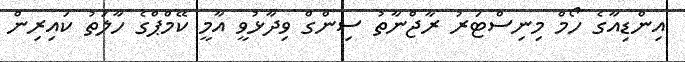
އިންޑިއާގެ ހޯމް މިނިސްޓަރު ރާޖްނާތު ސިންގް ވިދާޅުވީ އާމީ ކޭމްޕްގެ ހާލަތު ކައިރިން